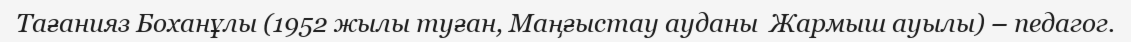
Тағанияз Боханұлы (1952 жылы туған, Маңғыстау ауданы  Жармыш ауылы) – педагог.